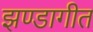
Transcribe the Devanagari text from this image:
झण्डागीत